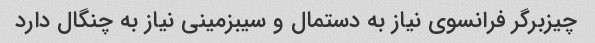
چیزبرگر فرانسوی نیاز به دستمال و سیبزمینی نیاز به چنگال دارد